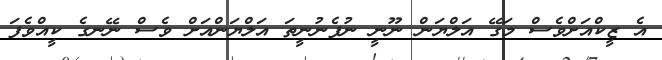
އެ ޒީކްއަށްވެސް މަގޭ އަލްޔަން ނޫނީ ނުފެނުނީތަ އަލްޔަންއަށް ވެސް ނޭނގެ ކީއްވެފަ